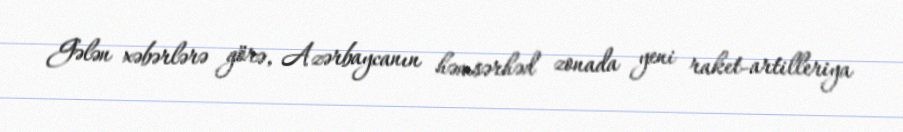
Gələn xəbərlərə görə, Azərbaycanın həmsərhəd zonada yeni raket-artilleriya